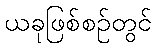
ယခုဖြစ်စဉ်တွင်